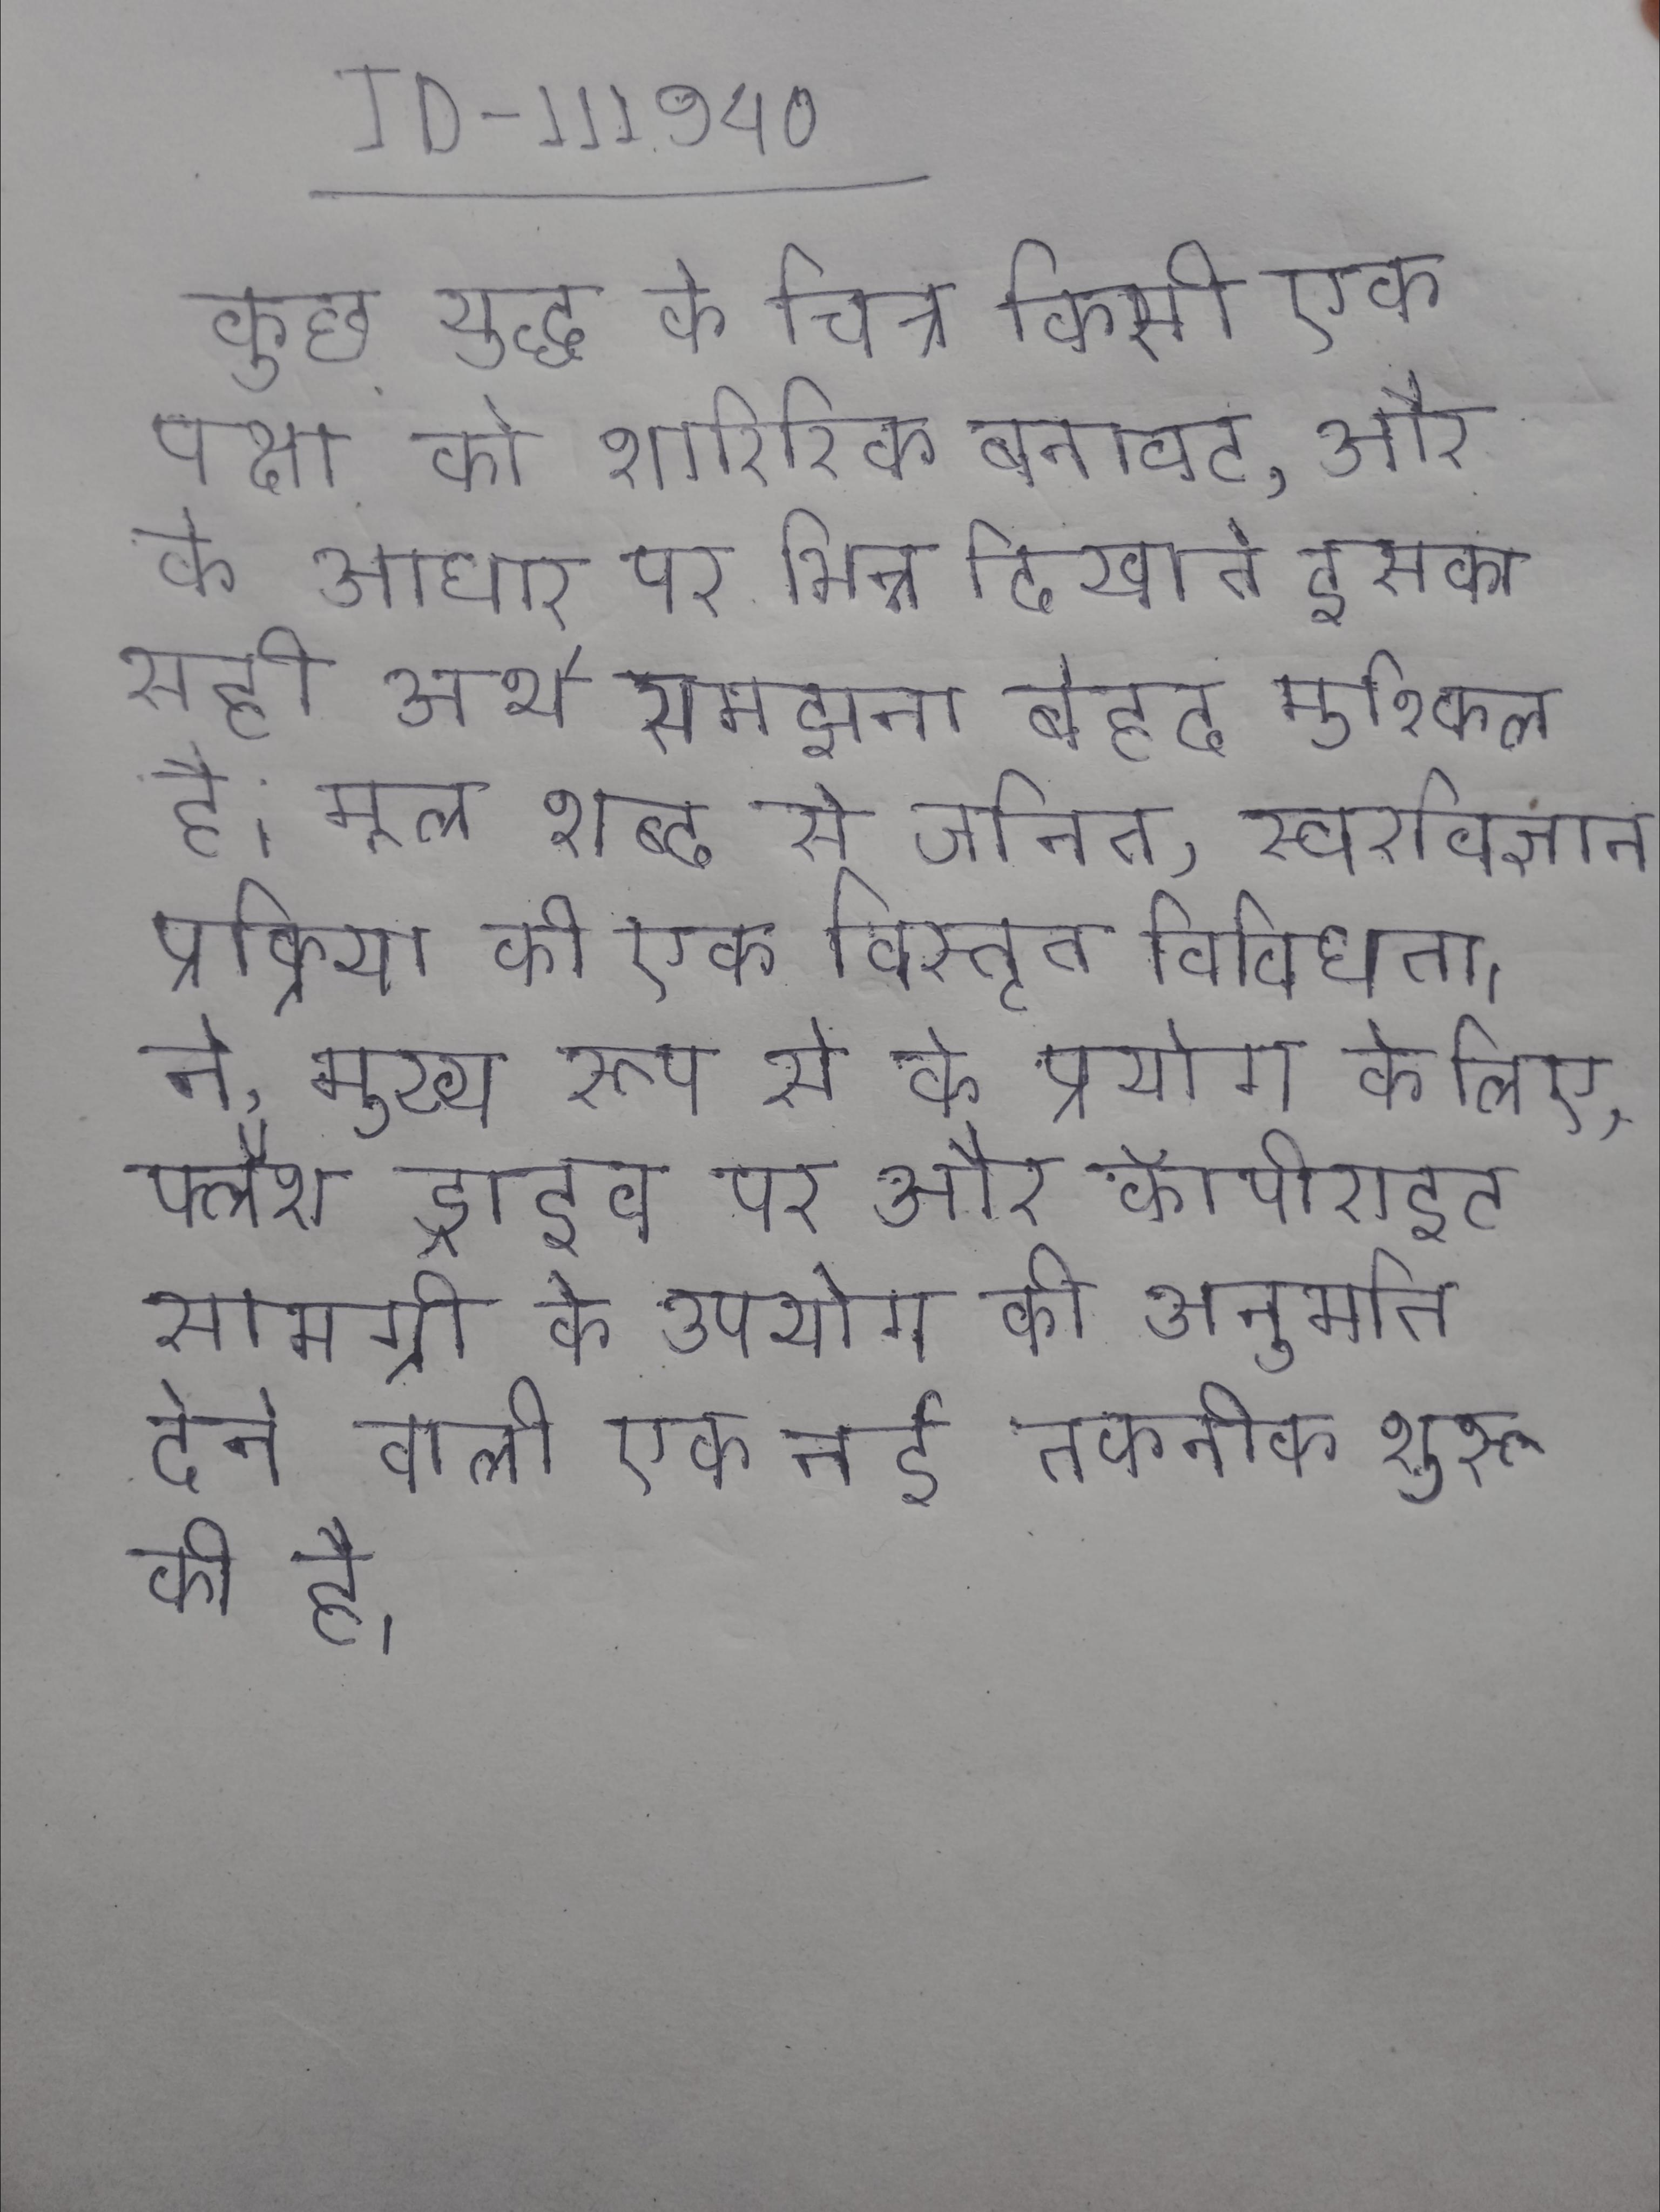
कुछ युद्ध के चित्र किसी एक पक्ष को शारिरिक बनावट, और के आधार पर भिन्न दिखाते इसका सही अर्थ समझना बेहद मुश्किल है । मूल शब्द से जनित, स्वरविज्ञान प्रक्रिया की एक विस्तृत विविधता । ने, मुख्य रूप से के प्रयोग के लिए, फ्लैश ड्राइव पर और कॉपीराइट सामग्री के उपयोग की अनुमति देने वाली एक नई तकनीक शुरू की है ।